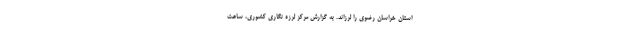
استان خراسان رضوی را لرزاند. به گزارش مرکز لرزه نگاری کشوری، ساعت